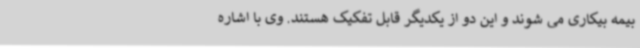
بیمه بیکاری می شوند و این دو از یکدیگر قابل تفکیک هستند. وی با اشاره